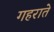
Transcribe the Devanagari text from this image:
गहराते